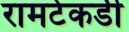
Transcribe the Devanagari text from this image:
रामटेकडी